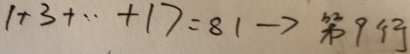
1 + 3 + \cdot + 1 7 = 8 1 \rightarrow 第 9 行